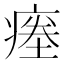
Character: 𱱜